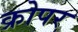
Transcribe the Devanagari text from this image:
क्रोपर